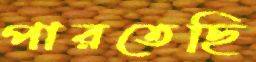
পারতেছি